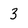
Character: 3